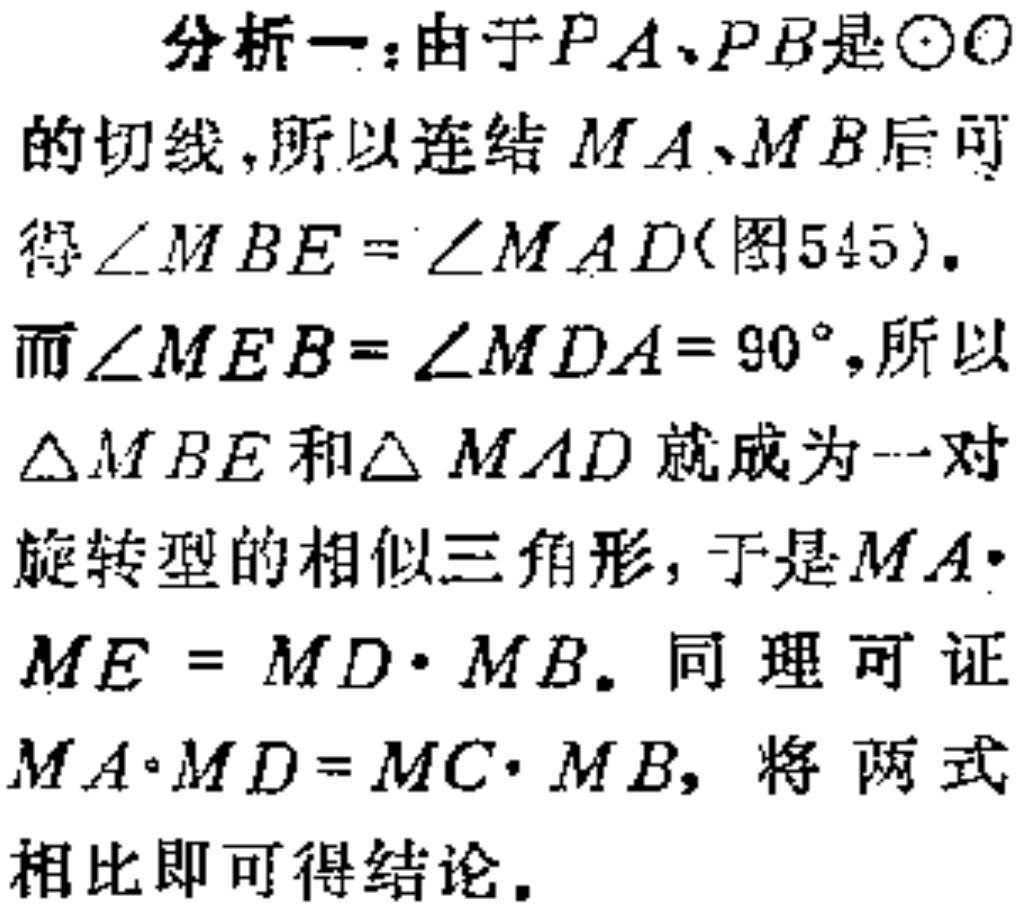
分析一：由于\(PA、PB\)是\(\odot O\)的切线，所以连结 \(MA、MB\)后可得\(\angle MBE = \angle MAD\)(图545)。而\(\angle MEB = \angle MDA = 90^{\circ}\)，所以\(\triangle MBE\)和\(\triangle MAD\)就成为一对旋转型的相似三角形，于是\(MA\cdot ME = MD\cdot MB\)。同理可证\(MA\cdot MD = MC\cdot MB\)，将两式相比即可得结论。